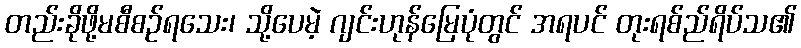
တည်းခိုဖို့မစီစဉ်ရသေး၊ သို့ပေမဲ့ ဂျင်းဟုန်မြေပုံတွင် အရပင် တုးရစ်ည်ရိပ်သ၏